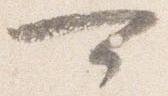
可